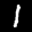
Label: 1